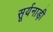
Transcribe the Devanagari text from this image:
सूर्यनाड़ी